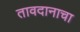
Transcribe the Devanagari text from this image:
तावदानाचा